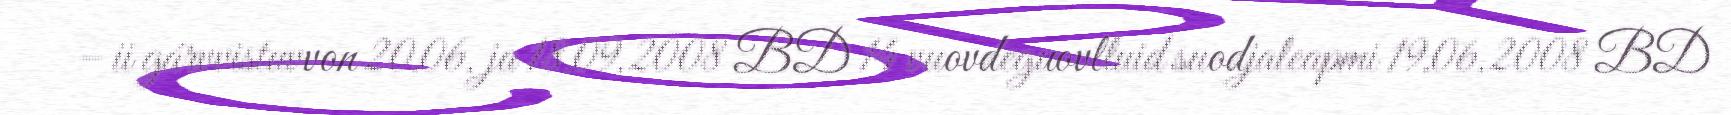
– ii gárvvistuvvon 20.06. ja 18.09.2008 BD 14 vuovdeguovlluid suodjaleapmi 19.06.2008 BD